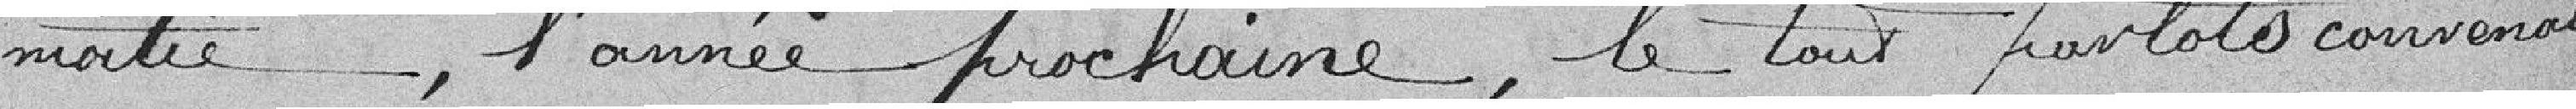
moitié, l'année prochaine, le tout par lots convenant